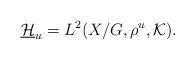
\begin{gather*}\underline{\mathcal H}_u=L^2(X/ G,\rho^u, {\mathcal K}).\end{gather*}